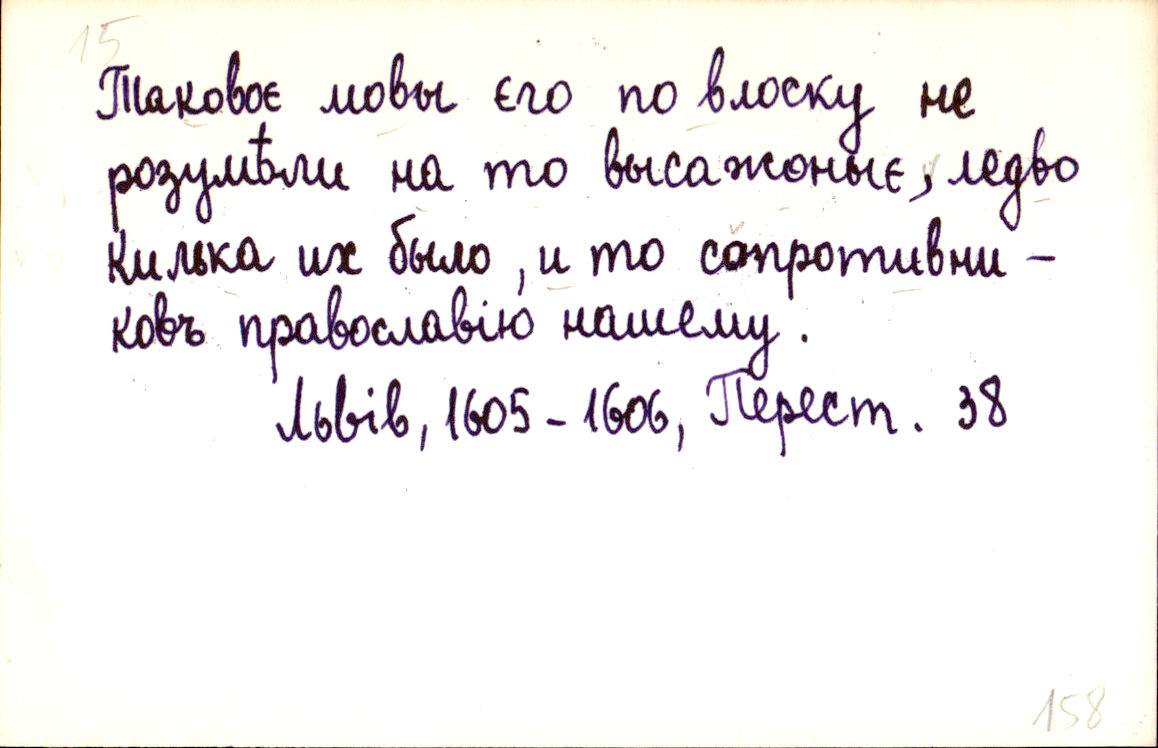
Таковоє мовы єго по влоску не
розумѣли на то высажоныє, ледво
килька их было, и то сопротивни-
ковъ православію нашему.
Львів, 1605-1606, Перест. 38